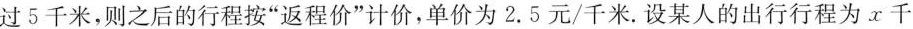
过5千米，则之后的行程按“返程价”计价，单价为2.5元/千米.设某人的出行行程为x千